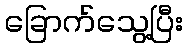
ခြောက်သွေ့ပြီး